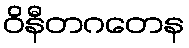
ဝိနီတဂတေန